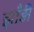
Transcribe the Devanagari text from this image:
झाँड़ी